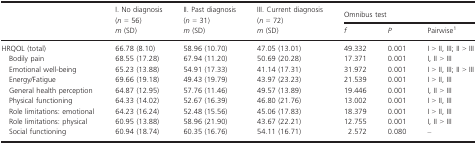
<table><thead><tr><td>[EMPTY_CELL]</td><td><b>I. No diagnosis (<i>n </i>=<i> </i>56)</b></td><td><b>II. Past diagnosis (<i>n </i>=<i> </i>31)</b></td><td><b>III. Current diagnosis (<i>n </i>=<i> </i>72)</b></td><td colspan="3"><b>Omnibus test</b></td></tr><tr><td>[EMPTY_CELL]</td><td><b><i>m</i> (SD)</b></td><td><b><i>m</i> (SD)</b></td><td><b><i>m</i> (SD)</b></td><td><b><i>f</i></b></td><td><b><i>P</i></b></td><td><b>Pairwise1</b></td></tr></thead><tbody><tr><td>HRQOL (total)</td><td>66.78 (8.10)</td><td>58.96 (10.70)</td><td>47.05 (13.01)</td><td>49.332</td><td>0.001</td><td>I &gt; II, III; II &gt; III</td></tr><tr><td> Bodily pain</td><td>68.55 (17.28)</td><td>67.94 (11.20)</td><td>50.69 (20.28)</td><td>17.371</td><td>0.001</td><td>I, II &gt; III</td></tr><tr><td> Emotional well-being</td><td>65.23 (13.88)</td><td>54.91 (17.33)</td><td>41.14 (17.31)</td><td>31.972</td><td>0.001</td><td>I &gt; II, III; II &gt; III</td></tr><tr><td> Energy/Fatigue</td><td>69.66 (19.18)</td><td>49.43 (19.79)</td><td>43.97 (23.23)</td><td>21.539</td><td>0.001</td><td>I &gt; II, III</td></tr><tr><td> General health perception</td><td>64.87 (12.95)</td><td>57.76 (11.46)</td><td>49.57 (13.89)</td><td>19.446</td><td>0.001</td><td>I, II &gt; III</td></tr><tr><td> Physical functioning</td><td>64.33 (14.02)</td><td>52.67 (16.39)</td><td>46.80 (21.76)</td><td>13.002</td><td>0.001</td><td>I &gt; II, III</td></tr><tr><td> Role limitations: emotional</td><td>64.23 (16.24)</td><td>52.48 (15.56)</td><td>45.06 (17.83)</td><td>18.379</td><td>0.001</td><td>I &gt; II, III</td></tr><tr><td> Role limitations: physical</td><td>60.95 (13.88)</td><td>58.96 (21.90)</td><td>43.67 (22.21)</td><td>12.755</td><td>0.001</td><td>I, II &gt; III</td></tr><tr><td> Social functioning</td><td>60.94 (18.74)</td><td>60.35 (16.76)</td><td>54.11 (16.71)</td><td>2.572</td><td>0.080</td><td>–</td></tr></tbody></table>